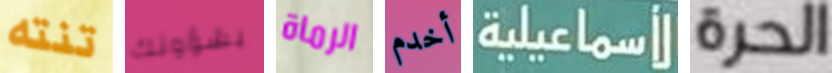
تنته بشؤونك الرماة أخدم الأسماعيلية الحرة